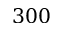
3 0 0